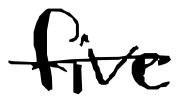
Text: five
Cross-out: single-line
Writing tool: digital_black